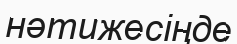
нәтижесіңде